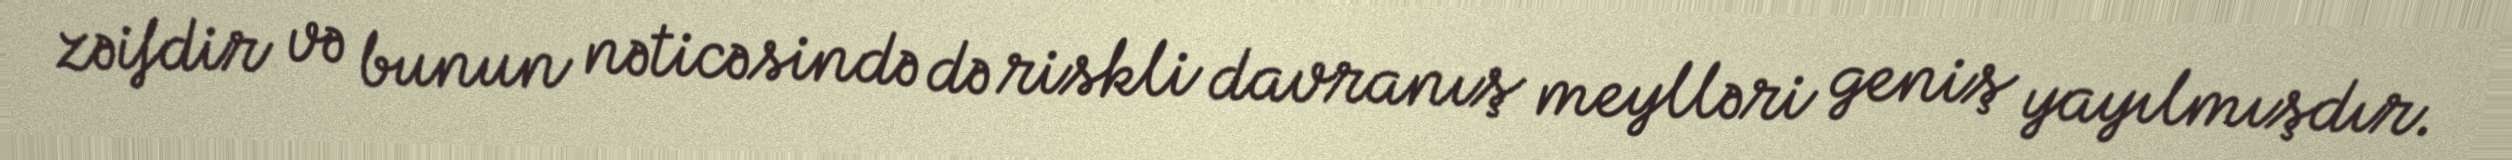
zəifdir və bunun nəticəsində də riskli davranış meylləri geniş yayılmışdır.